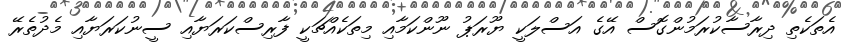
އެތަކެތި ދިރާސާކުރަމުންގޮސް އޭގެ އަސްލަކީ ޔޫރަޕު ނޫންކަމާއި މިތަކެއްޗަކީ ފާރިސްކަރަޔާއި ސީނުކަރަޔާއި މެދުތެރޭ